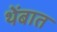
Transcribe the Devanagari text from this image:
थेंबात